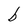
Character: b